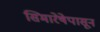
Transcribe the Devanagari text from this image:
सिमारेषेपासून